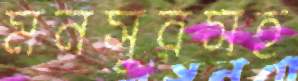
মনসুরসহ